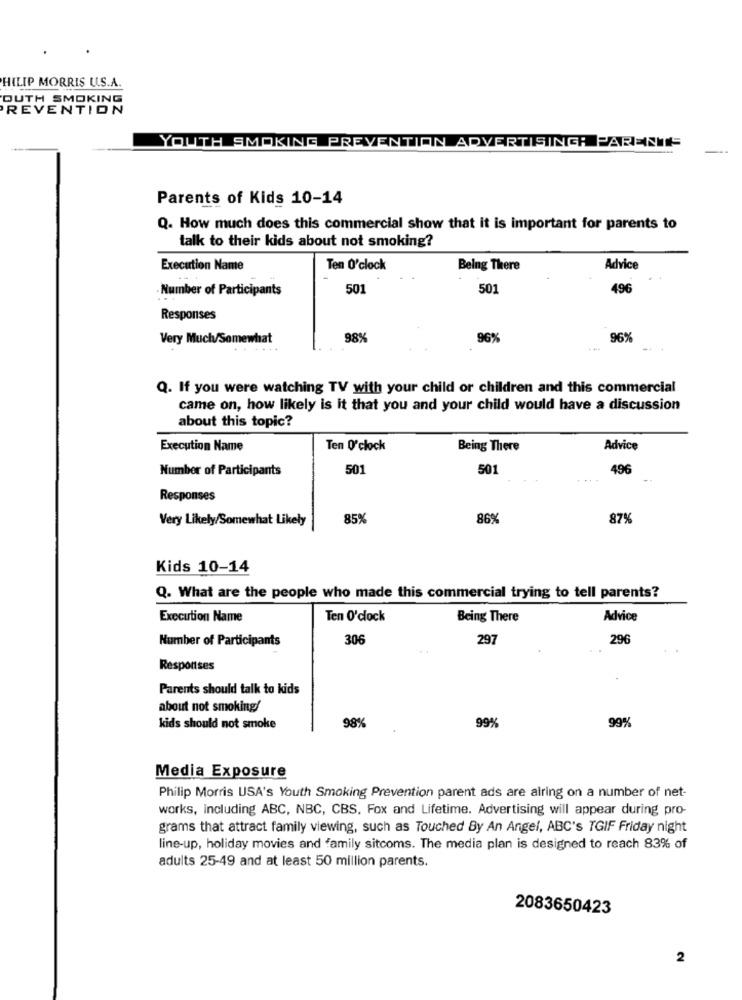
PHILIP MORRIS U.S.A.
OUTH SMOKING
PREVENTION
YOUTH SMOKING PREVENTION ADVERTISINGH PARENTS
Parents of Kids 10-14
Q. How much does this commercial show that it is important for parents to
talk to their kids about not smoking?
Execution Name
Ten O'clock
Being There
Advice
· Number of Participants
501
501
496
Responses
Very Much/Somewhat
98%
96%
96%
Q. If you were watching TV with your child or children and this commercial
came on, how likely is it that you and your child would have a discussion
about this topic?
Execution Name
Ten O'clock
Being There
Advice
Number of Participants
50
501
496
Responses
Very Likely/Somewhat Likely
85%
86%
87%
Kids 10-14
Q. What are the people who made this commercial trying to tell parents?
Execution Name
Ten O'clock
Being There
Advice
Number of Participants
306
297
296
Responses
Parents should talk to kids
about not smoking!
kids should not smoke
98%
99%
99%
Media Exposure
Philip Morris USA's Youth Smoking Prevention parent ads are airing on a number of net-
works, Including ABC, NBC, CBS, Fox and Lifetime. Advertising will appear during pro-
grams that attract family viewing, such as Touched By An Angel, ABC's TGIF Friday night
line-up, holiday movies and family sitcoms. The media plan is designed to reach 83% of
adults 25-49 and at least 50 million parents.
2083650423
2